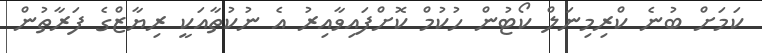
ކަމަށް ބުނެ ކްރިމިނަލް ކޯޓުން ހުކުމް ކޮށްފައިވާއިރު އެ ނުކުތާއަކީ ރިޔާޒްގެ ފަރާތުން